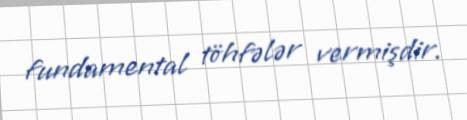
fundamental töhfələr vermişdir.